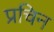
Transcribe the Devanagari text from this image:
प्रचिन